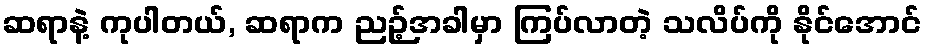
ဆရာနဲ့ ကုပါတယ်, ဆရာက ညဉ့်အခါမှာ ကြပ်လာတဲ့ သလိပ်ကို နိုင်အောင်